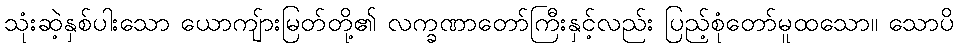
သုံးဆဲ့နှစ်ပါးသော ယောကျ်ားမြတ်တို့၏ လက္ခဏာတော်ကြီးနှင့်လည်း ပြည့်စုံတော်မူထသော။ သောပိ